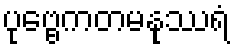
ပုဗ္ဗေကတမနုဿရံ